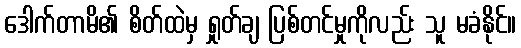
ဒေါက်တာမိ၏ စိတ်ထဲမှ ရှုတ်ချ ပြစ်တင်မှုကိုလည်း သူ မခံနိုင်။